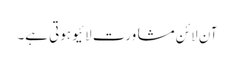
آن لائن مشاورت لائیو ہوتی ہے۔